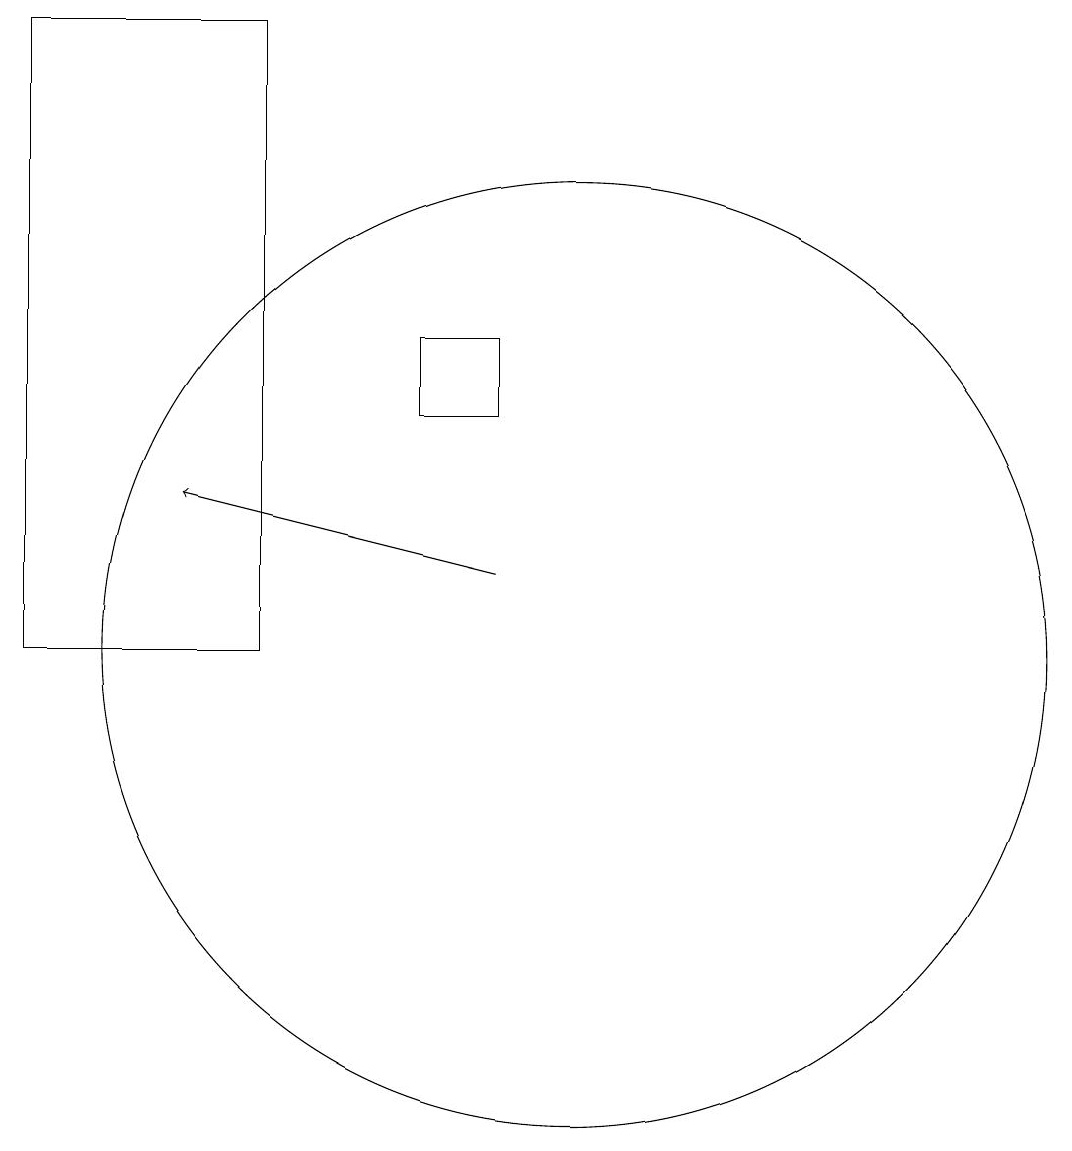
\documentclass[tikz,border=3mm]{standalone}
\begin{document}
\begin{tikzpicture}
\draw (10,11) circle (6);
\draw[->] (9,12) -- (5,13);
\draw (8,14) rectangle (9,15);
\draw (6,19) rectangle (3,11);
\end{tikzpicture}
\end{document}